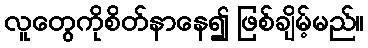
လူတွေကိုစိတ်နာနေ၍ ဖြစ်ချိမ့်မည်။